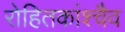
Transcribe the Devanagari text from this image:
रोहितकांश्चैव